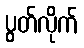
ပွတ်လိုက်